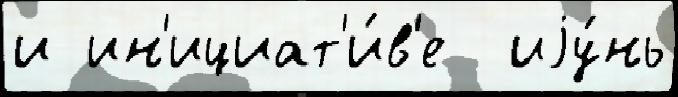
и ин'ициат'и́в'е  иjу́нь